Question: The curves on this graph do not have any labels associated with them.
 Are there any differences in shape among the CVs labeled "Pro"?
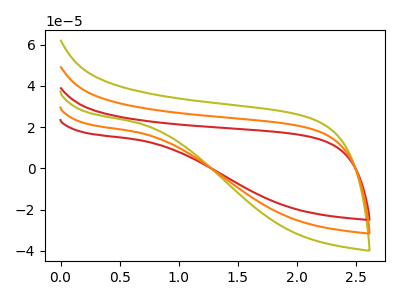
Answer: <think>The olive curve "olive" has no peaks. The red curve "red" has no peaks. The orange curve "orange" has no peaks.
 Neither "olive" or "red" have any peaks. Neither "olive" or "orange" have any peaks. Neither "red" or "orange" have any peaks.</think>
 <answer>All the CV's of "Pro" have similar shape.</answer>
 <eval>follow_rule</eval>